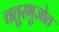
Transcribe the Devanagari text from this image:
चतुरभुजोत